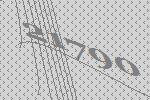
21790